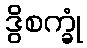
ဒွိစက္ခုံ